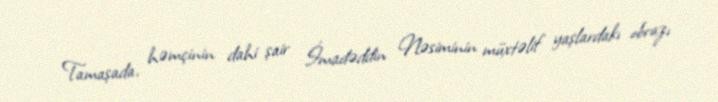
Tamaşada, həmçinin dahi şair İmadəddin Nəsiminin müxtəlif yaşlardakı obrazı